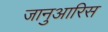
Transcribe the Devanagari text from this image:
जानुआरिस